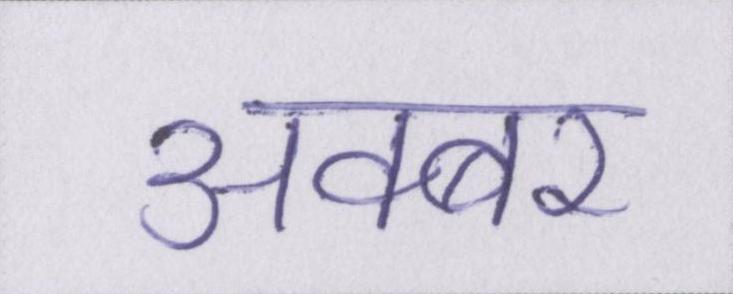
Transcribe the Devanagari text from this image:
अक्बर